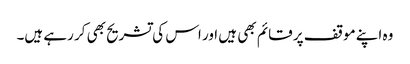
وہ اپنے موقف پر قائم بھی ہیں اور اس کی تشریح بھی کر رہے ہیں۔